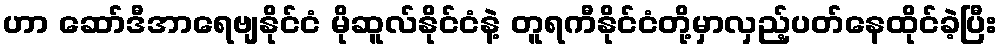
ဟာ ဆော်ဒီအာရေဗျနိုင်ငံ မိုဆူလ်နိုင်ငံနဲ့ တူရကီနိုင်ငံတို့မှာလှည့်ပတ်နေထိုင်ခဲ့ပြီး